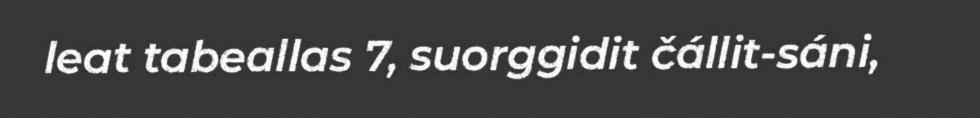
leat tabeallas 7, suorggidit čállit-sáni,